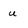
Character: u